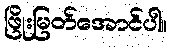
ဖြိုးမြတ်အောင်ပါ။